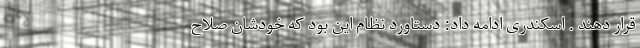
قرار دهند . اسکندری ادامه داد: دستاورد نظام این بود که خودشان صلاح